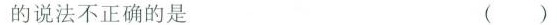
的说法不正确的是 ()